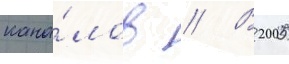
кана́лов // В 2005